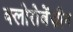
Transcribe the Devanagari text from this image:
क्लोरोबेंज़ीन